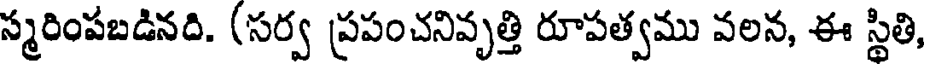
స్మరింపబడినది. (సర్వ ప్రపంచనివృత్తి రూపత్వము వలన, ఈ స్థితి,